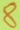
Text: 8